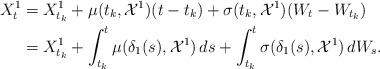
LaTeX: \begin{align*}X_{t}^1&=X_{t_k}^1+ \mu(t_k,\mathcal{X}^{1})(t-t_k)+ \sigma(t_k,\mathcal{X}^{1})(W_t-W_{t_k})\\&= X_{t_k}^1+ \int_{t_k}^{t}\mu({\delta_1}(s),\mathcal{X}^{1})\,ds+ \int_{t_k}^{t}\sigma({\delta_1}(s),\mathcal{X}^{1})\,dW_s.\end{align*}